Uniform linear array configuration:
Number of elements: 64
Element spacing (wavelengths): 0.25
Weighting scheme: blackman
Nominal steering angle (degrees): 15
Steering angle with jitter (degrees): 13.95
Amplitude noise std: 0.05
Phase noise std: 0.05

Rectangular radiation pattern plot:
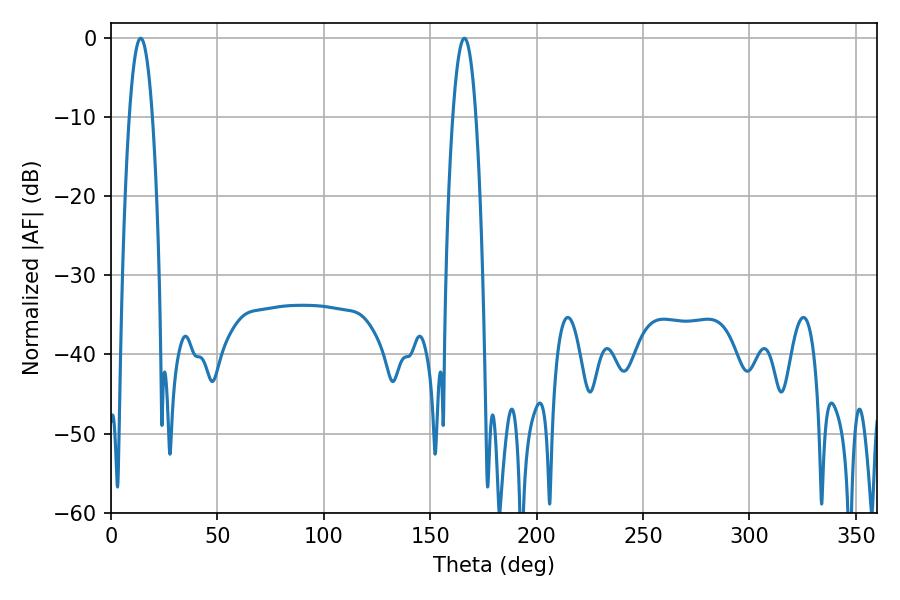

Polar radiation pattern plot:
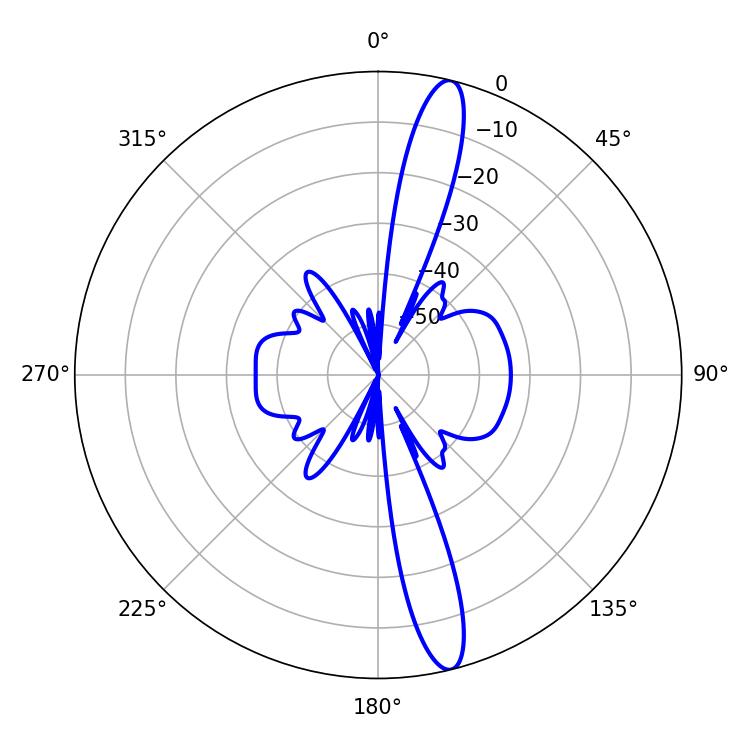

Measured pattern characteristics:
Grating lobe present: FALSE
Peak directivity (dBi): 15.642
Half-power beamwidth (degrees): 5.94
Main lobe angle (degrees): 13.86